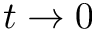
t \rightarrow 0